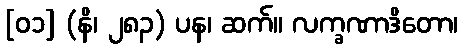
[၀၁] (နိ၊ ၂၈၃) ပန၊ ဆက်။ လက္ခဏာဒိတော၊